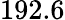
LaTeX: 192.6